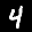
Label: 4